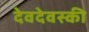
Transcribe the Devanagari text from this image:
देवदेवस्की